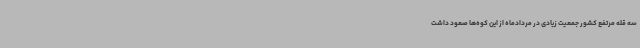
سه قله مرتفع کشور جمعیت زیادی در مردادماه از این کوه‌ها صعود داشت